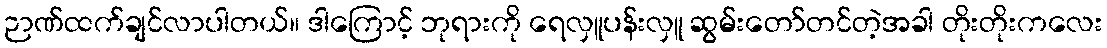
ဉာဏ်ထက်ချင်လာပါတယ်။ ဒါကြောင့် ဘုရားကို ရေလှူပန်းလှူ ဆွမ်းတော်တင်တဲ့အခါ တိုးတိုးကလေး